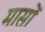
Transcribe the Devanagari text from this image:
मासाें